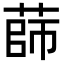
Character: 𦴫